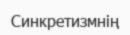
Синкретизмнің